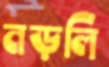
নড়লি